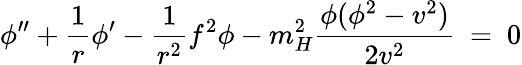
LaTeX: \phi^{\prime\prime}+\frac 1r\phi^{\prime}-\frac 1{r^{2}}f^{2}\phi-m_{H}^{2}\frac{\phi(\phi^{2}-v^{2})}{2v^{2}}\ =\ 0